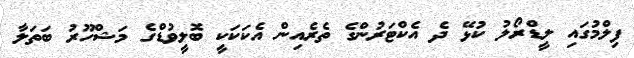
ފިލްމުގައި ލީޑްރޯލު ކުޅޭ ދެ އެކްޓަރުންގެ ތެރެއިން އެކަކަކީ ބޮލީވުޑްގެ މަޝްހޫރު ބަތަލާ